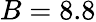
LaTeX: B=8.8